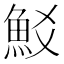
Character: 𩵲